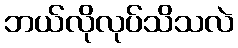
ဘယ်လိုလုပ်သိသလဲ